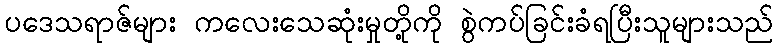
ပဒေသရာဇ်များ ကလေးသေဆုံးမှုတို့ကို စွဲကပ်ခြင်းခံရပြီးသူများသည်